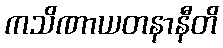
ကသိဏာယတနာနီတိ